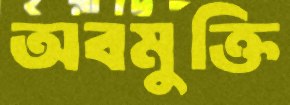
অবমুক্তি